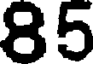
85